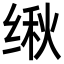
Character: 𬘴